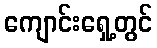
ကျောင်းရှေ့တွင်